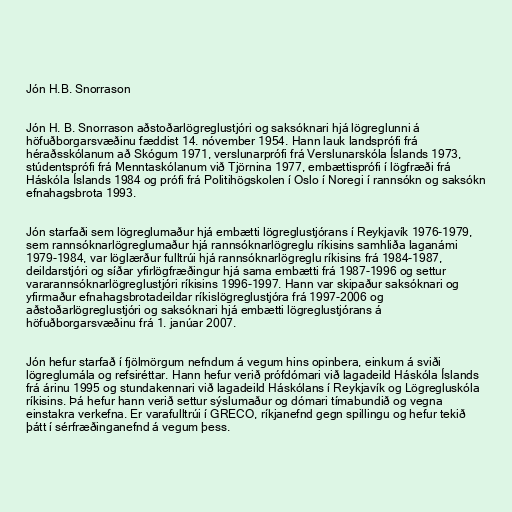
Jón H.B. Snorrason

Jón H. B. Snorrason aðstoðarlögreglustjóri og saksóknari hjá lögreglunni á
höfuðborgarsvæðinu fæddist 14. nóvember 1954. Hann lauk landsprófi frá
héraðsskólanum að Skógum 1971, verslunarprófi frá Verslunarskóla Íslands 1973,
stúdentsprófi frá Menntaskólanum við Tjörnina 1977, embættisprófi í lögfræði frá
Háskóla Íslands 1984 og prófi frá Politihögskolen í Oslo í Noregi í rannsókn og saksókn
efnahagsbrota 1993.

Jón starfaði sem lögreglumaður hjá embætti lögreglustjórans í Reykjavík 1976-1979,
sem rannsóknarlögreglumaður hjá rannsóknarlögreglu ríkisins samhliða laganámi
1979-1984, var löglærður fulltrúi hjá rannsóknarlögreglu ríkisins frá 1984-1987,
deildarstjóri og síðar yfirlögfræðingur hjá sama embætti frá 1987-1996 og settur
vararannsóknarlögreglustjóri ríkisins 1996-1997. Hann var skipaður saksóknari og
yfirmaður efnahagsbrotadeildar ríkislögreglustjóra frá 1997-2006 og
aðstoðarlögreglustjóri og saksóknari hjá embætti lögreglustjórans á
höfuðborgarsvæðinu frá 1. janúar 2007.

Jón hefur starfað í fjölmörgum nefndum á vegum hins opinbera, einkum á sviði
lögreglumála og refsiréttar. Hann hefur verið prófdómari við lagadeild Háskóla Íslands
frá árinu 1995 og stundakennari við lagadeild Háskólans í Reykjavík og Lögregluskóla
ríkisins. Þá hefur hann verið settur sýslumaður og dómari tímabundið og vegna
einstakra verkefna. Er varafulltrúi í GRECO, ríkjanefnd gegn spillingu og hefur tekið
þátt í sérfræðinganefnd á vegum þess.